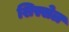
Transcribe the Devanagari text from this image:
शिस्सेल